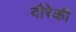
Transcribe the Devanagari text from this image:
वौरेकी